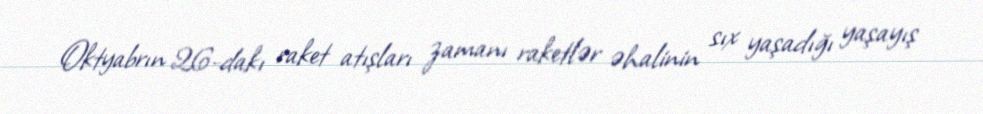
Oktyabrın 26-dakı raket atışları zamanı raketlər əhalinin sıx yaşadığı yaşayış